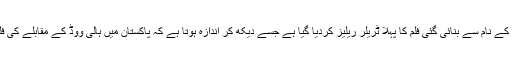
دی لیجنڈ آف مولا جٹ کے نام سے بنائی گئی فلم کا پہلا ٹریلر ریلیز کردیا گیا ہے جسے دیکھ کر اندازہ ہوتا ہے کہ پاکستان میں ہالی ووڈ کے مقابلے کی فلمیں بھی بن سکتی ہیں۔